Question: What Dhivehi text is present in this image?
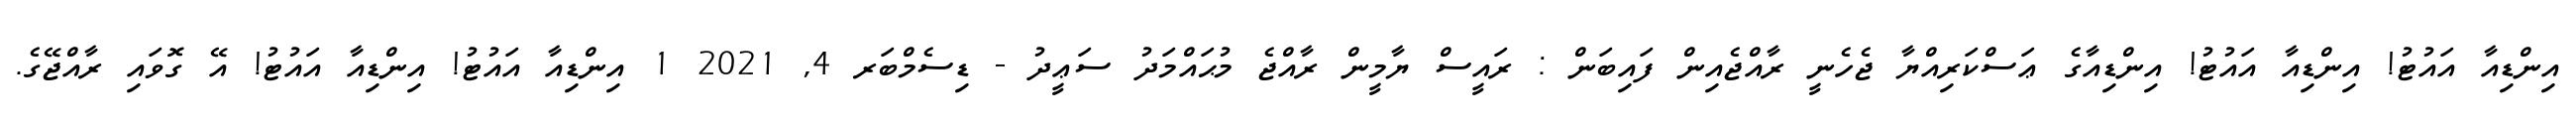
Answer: އިންޑިއާ އައުޓު! އިންޑިއާ އައުޓު! އިންޑިއާގެ ޢަސްކަރިއްޔާ ޖެހެނީ ރާއްޖެއިން ފައިބަން : ރައީސް ޔާމީން ރާއްޖެ މުޙައްމަދު ސަޢީދު - ޑިސެމްބަރ 4, 2021 1 އިންޑިއާ އައުޓު! އިންޑިއާ އައުޓު! އޭ ގޮވައި ރާއްޖޭގެ.